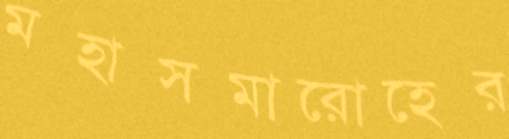
মহাসমারোহের